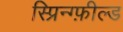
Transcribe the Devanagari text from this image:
स्प्रिन्ग्फ़ील्ड